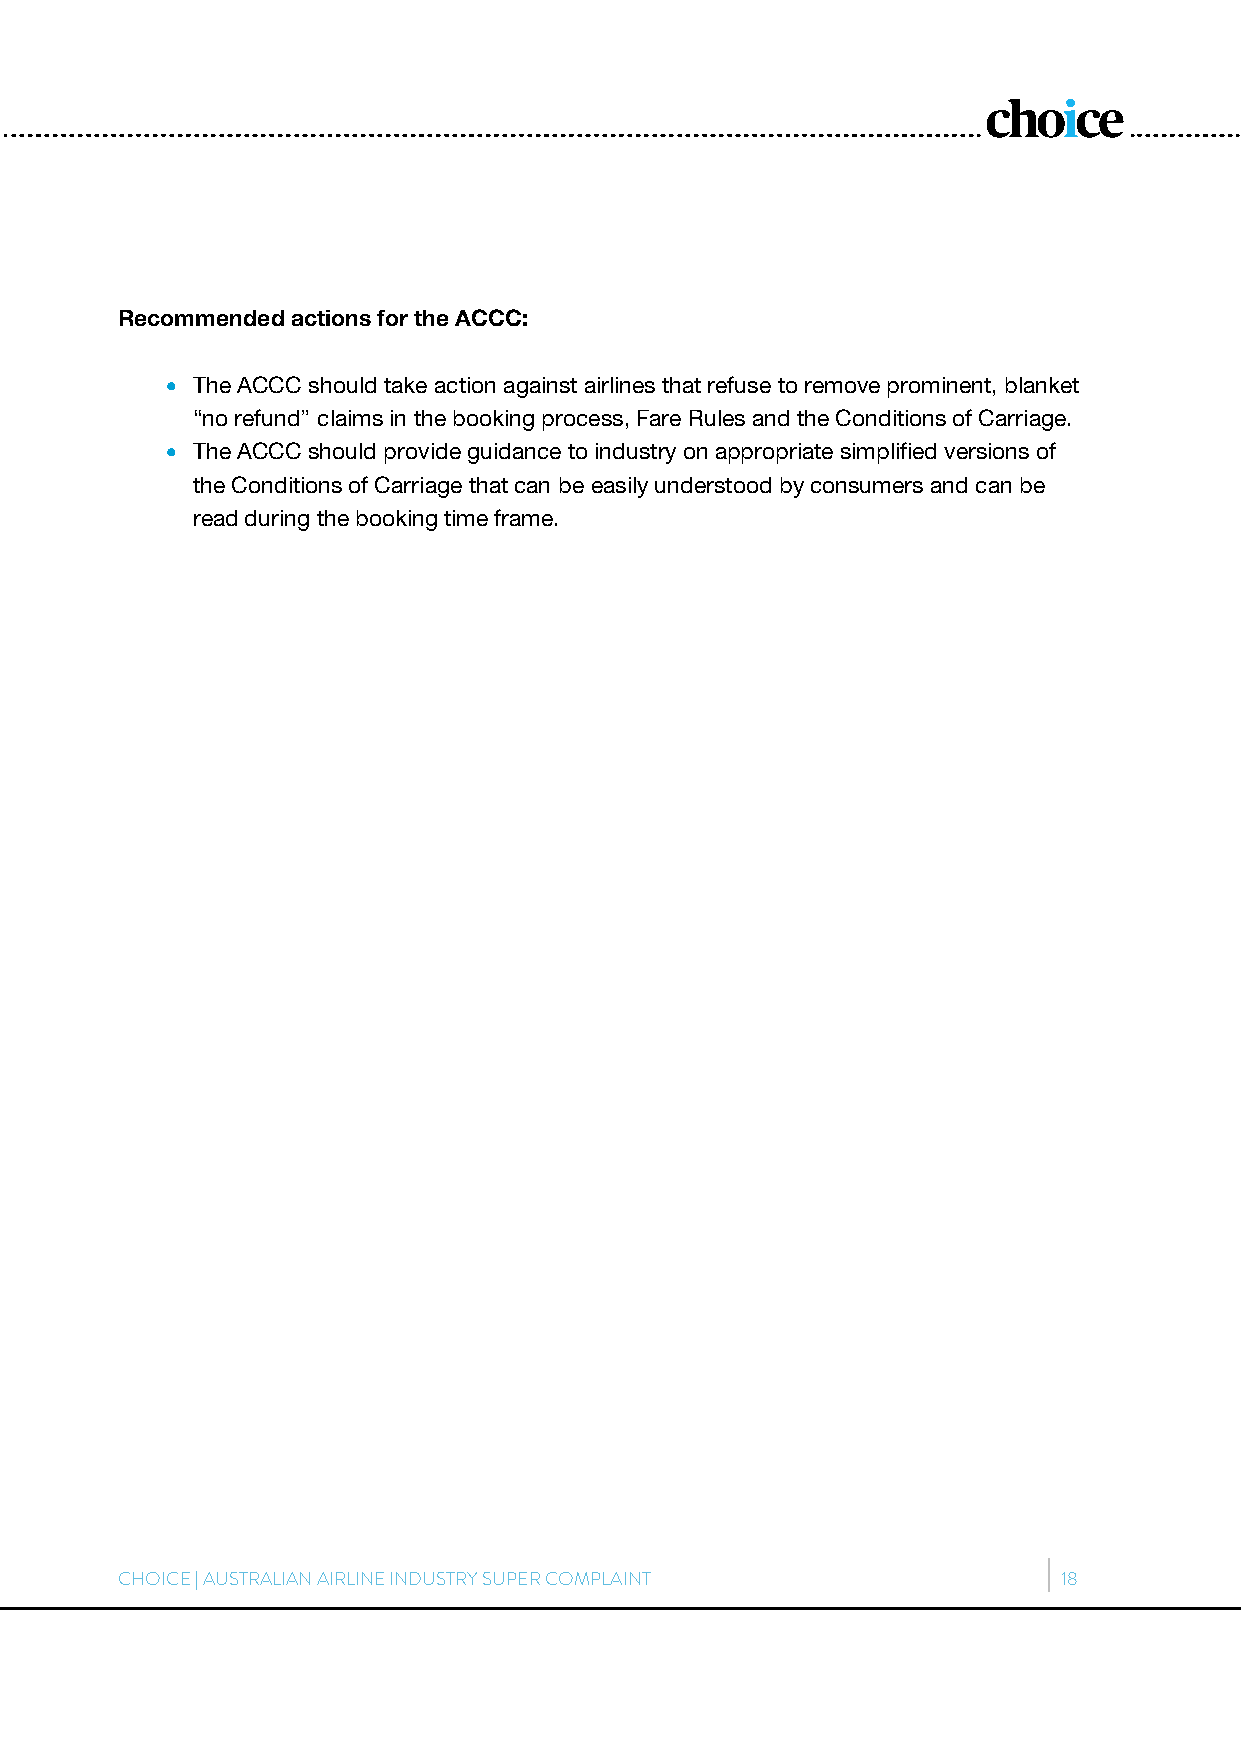
Recommended actions for the ACCC:
  The ACCC should take action against airlines that refuse to remove prominent, blanket
 “no refund” claims in the booking process, Fare Rules and the Conditions of Carriage.
  The ACCC should provide guidance to industry on appropriate simplified versions of
 the Conditions of Carriage that can be easily understood by consumers and can be
 read during the booking time frame.
 CHOICE | AUSTRALIAN AIRLINE INDUSTRY SUPER COMPLAINT          18